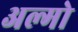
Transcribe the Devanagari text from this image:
अल्मो